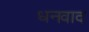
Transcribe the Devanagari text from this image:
धनवाद